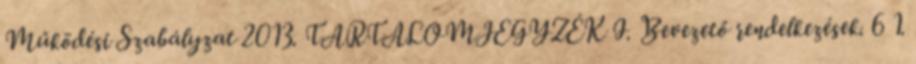
Működési Szabályzat 2013. TARTALOMJEGYZÉK I. Bevezető rendelkezések. 6 1.